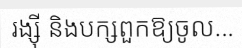
រង្ស៊ី និងបក្សពួកឱ្យចូល...